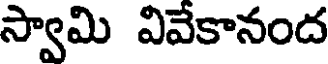
స్వామి వివేకానంద